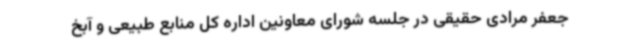
جعفر مرادی حقیقی در جلسه شورای معاونین اداره کل منابع طبیعی و آبخ